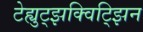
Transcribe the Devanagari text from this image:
टेह्युट्झक्विट्झिन